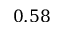
0 . 5 8